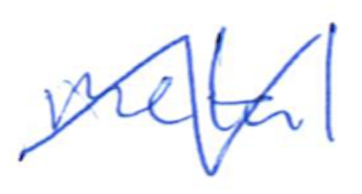
Text: metal
Cross-out: zig-zag
Writing tool: ballpoint